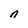
Character: n